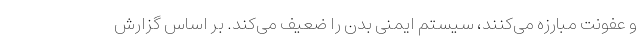
و عفونت مبارزه می‌کنند، سیستم ایمنی بدن را ضعیف می‌کند. بر اساس گزارش